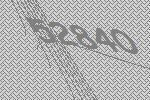
52840